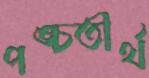
পঙ্চতীর্থ